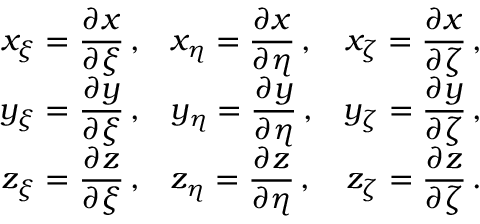
\begin{array} { r l r } { \displaystyle { x _ { \xi } = \frac { \partial x } { \partial \xi } \, \mathrm { , } } } & { \displaystyle { x _ { \eta } = \frac { \partial x } { \partial \eta } \, \mathrm { , } } } & { \displaystyle { x _ { \zeta } = \frac { \partial x } { \partial \zeta } \, \mathrm { , } } } \\ { \displaystyle { y _ { \xi } = \frac { \partial y } { \partial \xi } \, \mathrm { , } } } & { \displaystyle { y _ { \eta } = \frac { \partial y } { \partial \eta } \, \mathrm { , } } } & { \displaystyle { y _ { \zeta } = \frac { \partial y } { \partial \zeta } \, \mathrm { , } } } \\ { \displaystyle { z _ { \xi } = \frac { \partial z } { \partial \xi } \, \mathrm { , } } } & { \displaystyle { z _ { \eta } = \frac { \partial z } { \partial \eta } \, \mathrm { , } } } & { \displaystyle { z _ { \zeta } = \frac { \partial z } { \partial \zeta } \, \mathrm { . } } } \end{array}